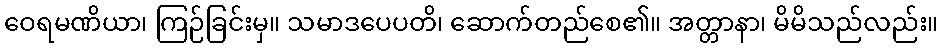
ဝေရမဏိယာ၊ ကြဉ်ခြင်းမှ။ သမာဒပေပတိ၊ ဆောက်တည်စေ၏။ အတ္တာနာ၊ မိမိသည်လည်း။